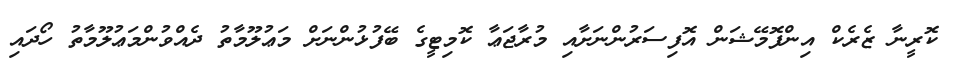
ކޮރީނާ ޒެރެކް އިންފޮމޭޝަން އޮފިސަރުންނަށާއި މުރާޖަޢާ ކޮމިޓީގެ ބޭފުޅުންނަށް މަޢުލޫމާތު ދެއްވުންމަޢުލޫމާތު ހޯދައި